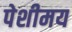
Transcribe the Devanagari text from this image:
पेशीमय